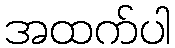
အထက်ပါ